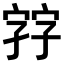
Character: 𡦂